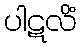
ပါဋလိံ